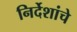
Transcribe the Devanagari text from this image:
निर्देशांचे